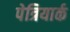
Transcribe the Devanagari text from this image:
पेत्रियार्क